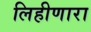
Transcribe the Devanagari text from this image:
लिहीणारा